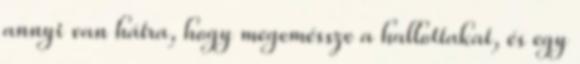
annyi van hátra, hogy megeméssze a hallottakat, és egy